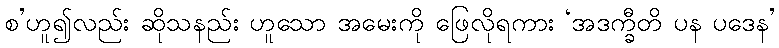
စ’ဟူ၍လည်း ဆိုသနည်း ဟူသော အမေးကို ဖြေလိုရကား ‘အဒက္ခီတိ ပန ပဒေန’